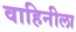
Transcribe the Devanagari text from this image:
वाहिनीला